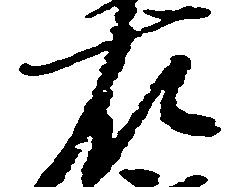
右